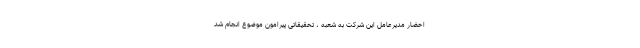
احضار مدیرعامل این شرکت به شعبه ، تحقیقاتی پیرامون موضوع انجام شد